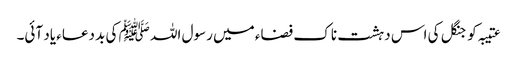
عتیبہ کو جنگل کی اس دہشت ناک فضاء میں رسول اللہ ﷺ کی بد دعاء یاد آئی۔